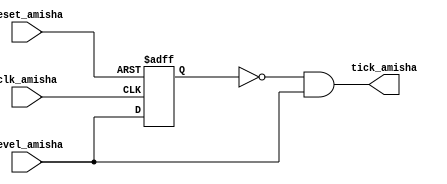
`timescale 1ns / 1ps
//////////////////////////////////////////////////////////////////////////////////
// Company: 
// Engineer: 
// 
// Design Name: 
// Module Name:    edge_detect_gate_Amisha 
// Project Name: 
// Target Devices: 
// Tool versions: 
// Description: 
//
// Dependencies: 
//
// Revision: 
// Revision 0.01 - File Created
// Additional Comments: 
//
//////////////////////////////////////////////////////////////////////////////////
module edge_detect_gate_Amisha(
    input clk_amisha,
    input reset_amisha,
    input level_amisha,
    output tick_amisha
    );
	 
	 reg delay_reg_amisha;
	 always @(posedge clk_amisha, posedge reset_amisha)
	 if (reset_amisha)
	 delay_reg_amisha <= 1'b0;
	 else
	 delay_reg_amisha <= level_amisha;
	 
	 assign tick_amisha = ~delay_reg_amisha & level_amisha;
endmodule